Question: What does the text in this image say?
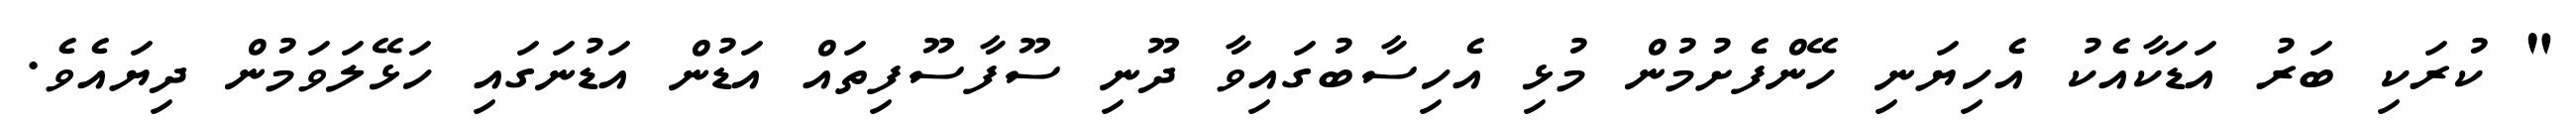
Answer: " ކުރަކި ބަރު އަޑަކާއެކު އެހިޔަނި ހޭންފެށުމުން މުޅި އެހިސާބުގައިވާ ދޫނި ސޫފާސޫފިތައް އަޑުން އަޑުނަގައި ހަޅޭލަވަމުން ދިޔައެވެ.